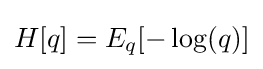
H[q]=E_{q}[-\log(q)]